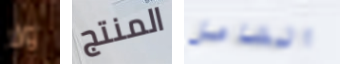
ولا المنتج الشامل